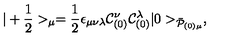
| + { \frac { 1 } { 2 } } > _ { \mu } = { \frac { 1 } { 2 } } \epsilon _ { \mu \nu \lambda } { \cal C } _ { ( 0 ) } ^ { \nu } { \cal C } _ { ( 0 ) } ^ { \lambda } | 0 > _ { \bar { \cal P } _ { ( 0 ) \mu } } ,